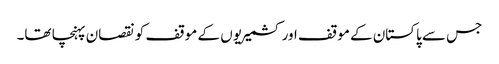
جس سے پاکستان کے موقف اور کشمیریوں کے موقف کو نقصان پہنچا تھا۔